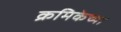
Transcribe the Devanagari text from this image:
क्रमिकेच्या